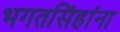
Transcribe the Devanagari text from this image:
भगतसिंहांना